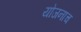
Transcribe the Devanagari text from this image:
योजनाच